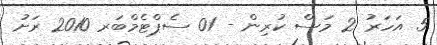
5 އަހަރު 2 މަސް ކުރިން - 01 ސެޕްޓެމްބަރ 2010 ރަށު